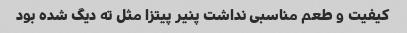
کیفیت و طعم مناسبی نداشت پنیر پیتزا مثل ته دیگ شده بود